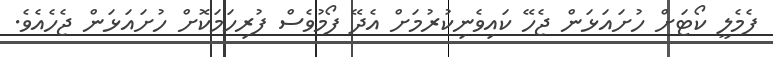
ފެމެލީ ކޯޓަށް ހުށައަޅަން ޖެހޭ ކައިވެނިކުރުމަށް އެދޭ ފޯމުވެސް ފުރިހަމަކޮށް ހުށައަޅަން ޖެހެއެވެ.